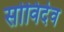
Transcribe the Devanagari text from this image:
सोविदेव